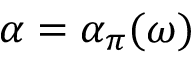
\alpha = \alpha _ { \pi } ( \omega )